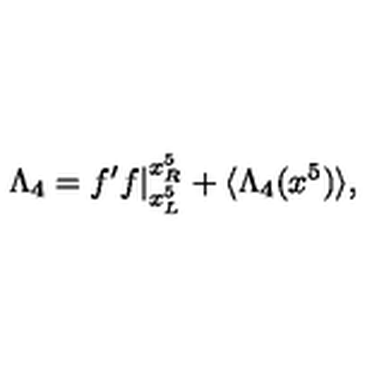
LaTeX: \Lambda _ { 4 } = f ^ { \prime } f | _ { x _ { L } ^ { 5 } } ^ { x _ { R } ^ { 5 } } + \langle \Lambda _ { 4 } ( x ^ { 5 } ) \rangle ,